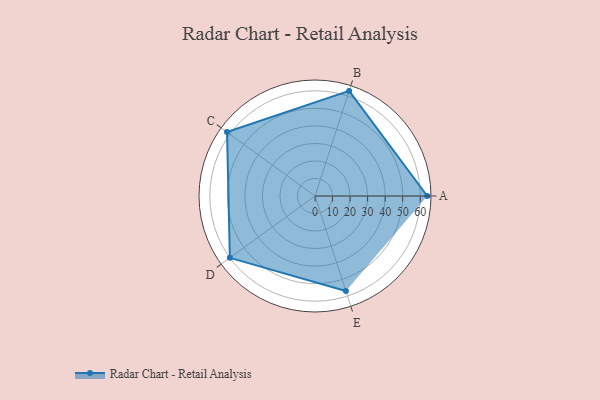
{"axis": {"x": "Skill", "y": "Score"}, "legend": ["Profile"], "data": [{"x": "A", "y": 64.0, "type": "Profile"}, {"x": "B", "y": 63.0, "type": "Profile"}, {"x": "C", "y": 62.0, "type": "Profile"}, {"x": "D", "y": 60.0, "type": "Profile"}, {"x": "E", "y": 57.0, "type": "Profile"}]}